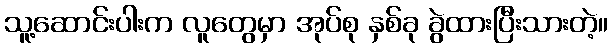
သူ့ဆောင်းပါးက လူတွေမှာ အုပ်စု နှစ်ခု ခွဲထားပြီးသားတဲ့။